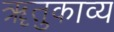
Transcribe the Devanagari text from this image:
ॠतुकाव्य